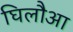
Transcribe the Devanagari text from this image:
घिलौआ